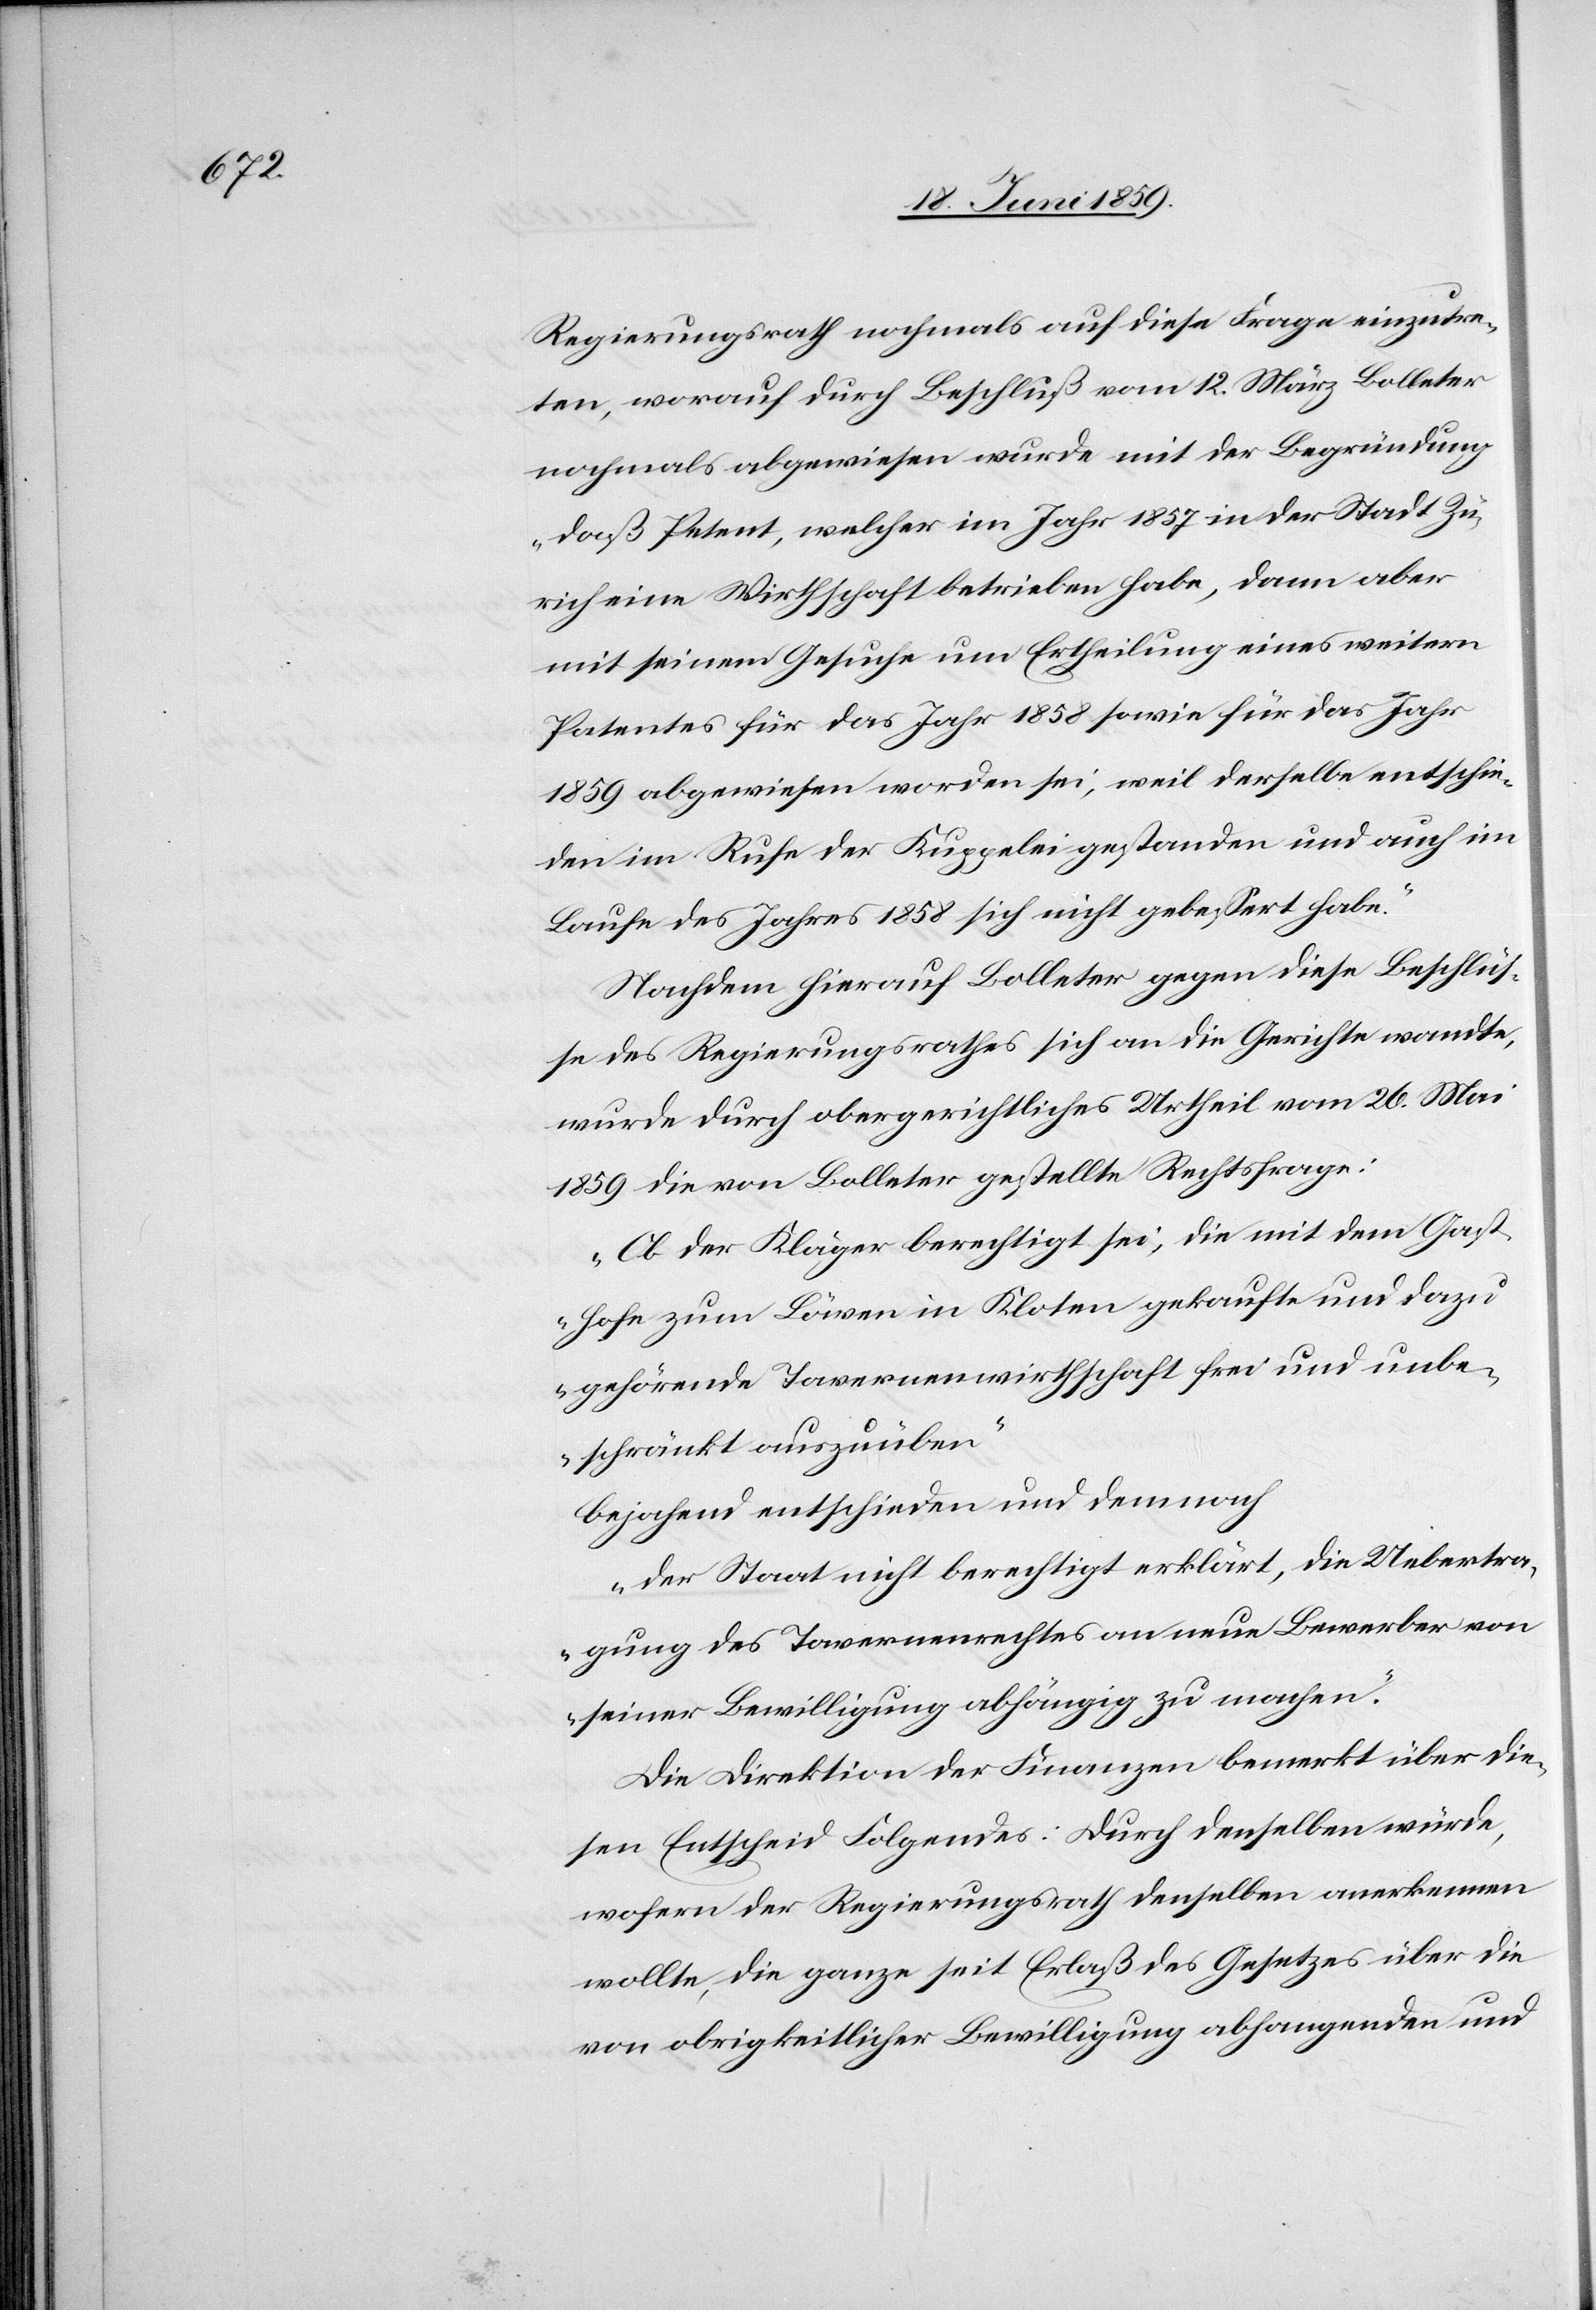
Regierungsrath nochmals auf diese Frage einzutre¬
ten, worauf durch Beschluß vom 12. März Bolleter
nochmals abgewiesen wurde mit der Begründung
„daß Petent, welcher im Jahr 1857 in der Stadt Zü¬
rich eine Wirthschaft betrieben habe, dann aber
mit seinem Gesuche um Ertheilung eines weitern
Patentes für das Jahr 1858 sowie für das Jahr
1859 abgewiesen worden sei, weil derselbe entschie¬
den im Rufe der Kuppelei gestanden und auch im
Laufe des Jahres 1858 sich nicht gebessert habe.“
Nachdem hierauf Bolleter gegen diese Beschlüs¬
se des Regierungsrathes sich an die Gerichte wandte,
wurde durch obergerichtliches Urtheil vom 26. Mai
1859 die von Bolleter gestellte Rechtsfrage:
„Ob der Kläger berechtigt sei, die mit dem Gast¬
hofe zum Löwen in Kloten gekaufte und dazu
gehörende Tavernenwirthschaft frei und unbe¬
schränkt auszuüben.“
Bejahend entschieden und demnach
„der Staat nicht berechtigt erklärt, die Uebertra¬
gung des Tavernenrechtes an neue Bewerber von
seiner Bewilligung abhängig zu machen.“
Die Direktion der Finanzen bemerkt über die¬
sen Entscheid Folgendes: Durch denselben würde,
wofern der Regierungsrath denselben anerkennen
wollte, die ganze seit Erlaß des Gesetzes über die
von obrigkeitlicher Bewilligung abhangenden und